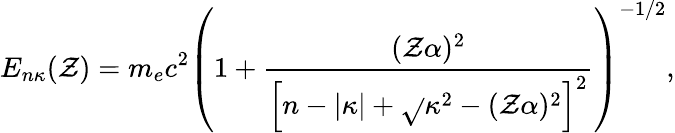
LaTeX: E_{n\kappa}(\mathcal{Z})=m_{e}c^{2}\left(1+\frac{{(\mathcal{Z}\alpha)^{2}}}{{\left[n-|\kappa|+\sqrt{}{{\kappa^{2}-(\mathcal{Z}\alpha)^{2}}}\right]^{2}}}\right)^{-1/2},